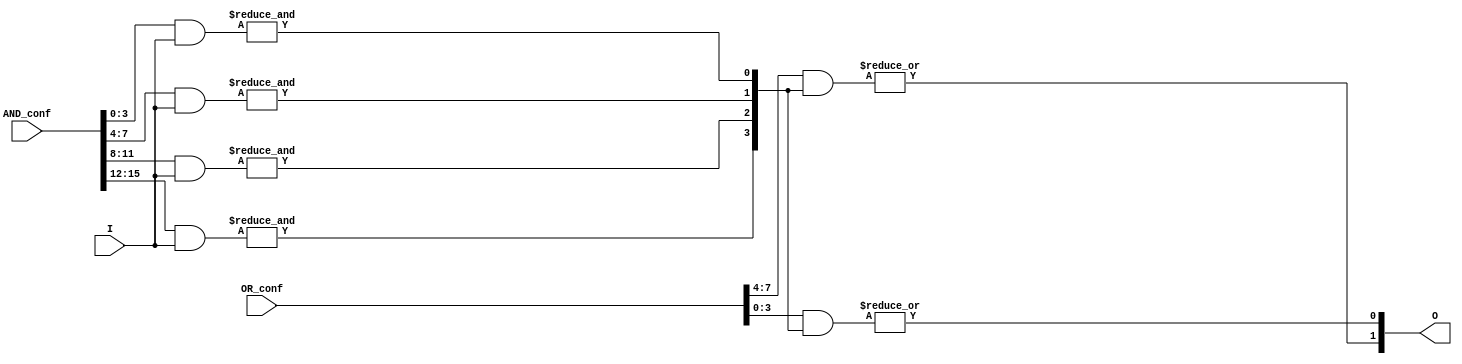
module SPAL #(
    parameter N = 4,  // Number of inputs
    parameter K = 4,  // Number of AND gates
    parameter L = 2   // Number of OR gates
)(
    input wire [N-1:0] I,           // Input signals
    input wire [K*N-1:0] AND_conf,  // Configuration for AND gates
    input wire [L*K-1:0] OR_conf,    // Configuration for OR gates
    output wire [L-1:0] O            // Output signals
);

// Internal wires for product terms
wire [K-1:0] product_terms;

// Programmable AND array
genvar i, j;
generate
    for (i = 0; i < K; i = i + 1) begin : AND_array
        wire [N-1:0] and_inputs;
        assign and_inputs = AND_conf[i*N +: N]; // Select inputs for this AND gate
        assign product_terms[i] = &({and_inputs & I}); // AND operation
    end
endgenerate

// Programmable OR array
generate
    for (j = 0; j < L; j = j + 1) begin : OR_array
        wire [K-1:0] or_inputs;
        assign or_inputs = OR_conf[j*K +: K]; // Select product terms for this OR gate
        assign O[j] = |(or_inputs & product_terms); // OR operation
    end
endgenerate

endmodule